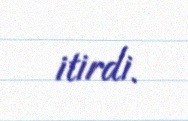
itirdi.